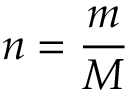
n = { \frac { m } { M } }